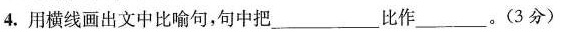
4.用横线画出文中比喻句，句中把___比作____。